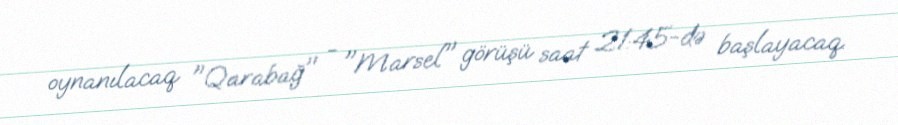
oynanılacaq "Qarabağ" - "Marsel" görüşü saat 21:45-də başlayacaq.